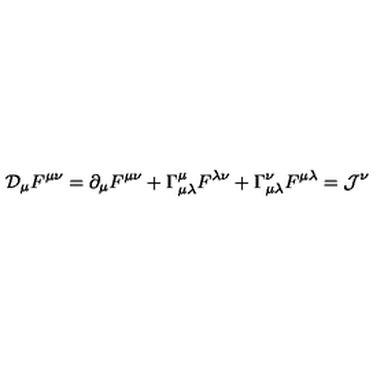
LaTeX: { \cal D } _ { \mu } F ^ { \mu \nu } = \partial _ { \mu } F ^ { \mu \nu } + \Gamma _ { \mu \lambda } ^ { \mu } F ^ { \lambda \nu } + \Gamma _ { \mu \lambda } ^ { \nu } F ^ { \mu \lambda } = { \cal J } ^ { \nu }